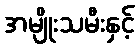
အမျိုးသမီးနှင့်